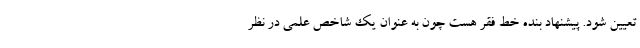
تعیین شود. پیشنهاد بنده خط فقر هست چون به عنوان یک شاخص علمی در نظر